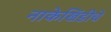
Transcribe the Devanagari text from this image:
नाकेखिंडीचे